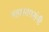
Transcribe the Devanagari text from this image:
महासागरांनी